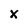
Character: x